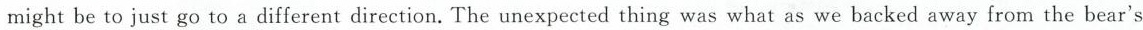
might be to just go to a different direction. The unexpected thing was what as we backed away from the bear's